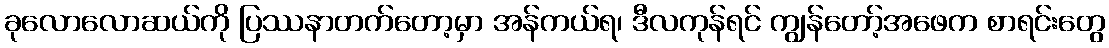
ခုလောလောဆယ်ကို ပြဿနာတက်တော့မှာ အန်ကယ်ရ၊ ဒီလကုန်ရင် ကျွန်တော့်အဖေက စာရင်းတွေ